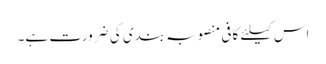
اس کیلئے کافی منصوبہ بندی کی ضرورت ہے۔